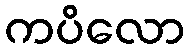
ကပိလော